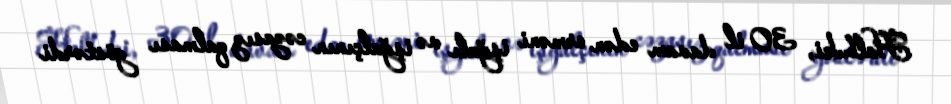
Halbuki, 30 il davam edən erməni işğalı və işğalçının cəzasız qalması göstərdi